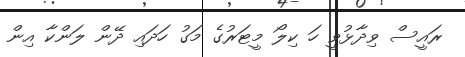
ރައީސް ވިދާޅުވީ ހަ ކިލޯ މީޓަރުގެ މަގު ހަދައި ދޭން ލަންކާ އިން